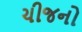
ચીજનો